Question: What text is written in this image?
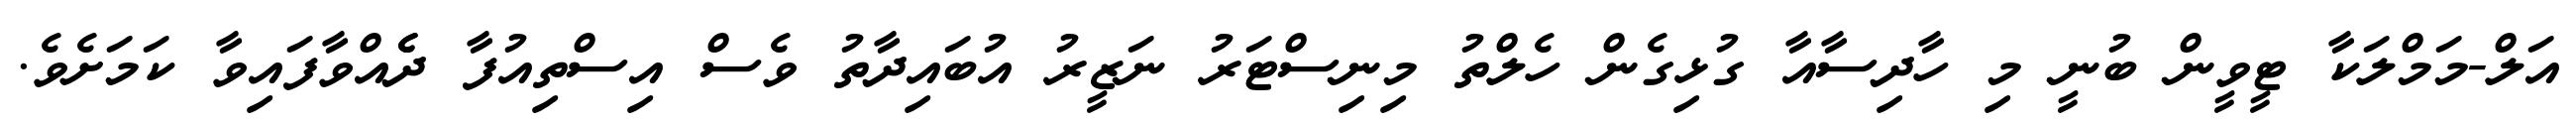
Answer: އަލް-މަމްލަކާ ޓީވީން ބުނީ މި ހާދިސާއާ ގުޅިގެން ހެލްތު މިނިސްޓަރު ނަޒީރު އުބައިދާތު ވެސް އިސްތިއުފާ ދެެއްވާފައިވާ ކަމަށެވެ.